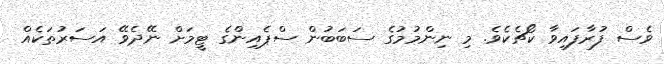
ވެސް ފުރާފައިވާ ކޯޗެކެވެ. މި ނިންމުމުގެ ސަބަބުން ސްޕެއިންގެ ޓީމަށް ނޭދެވޭ އަސަރުތަކެއް